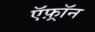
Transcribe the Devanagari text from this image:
ऍफ़्रॉन